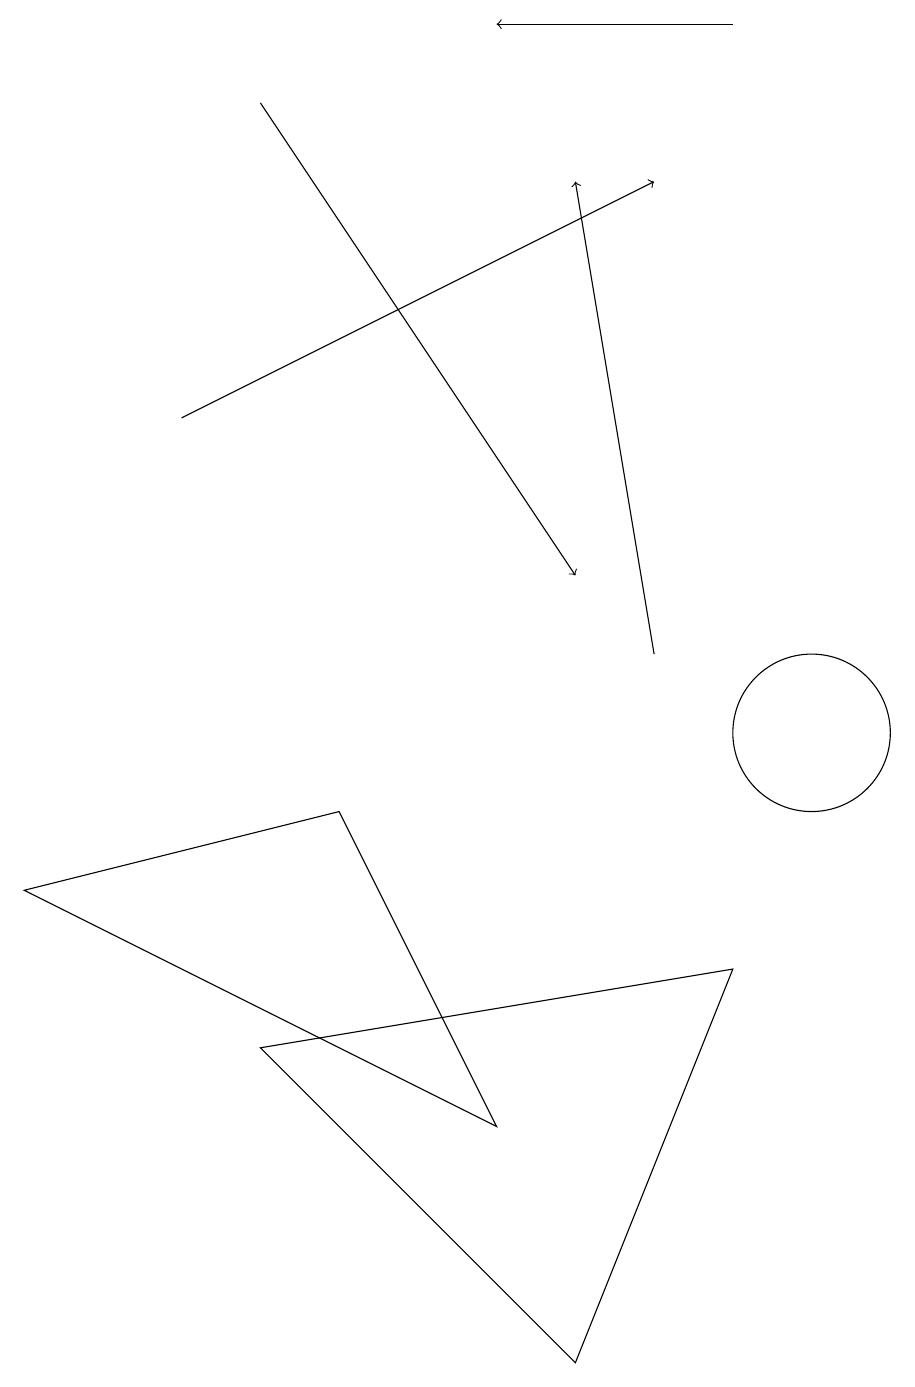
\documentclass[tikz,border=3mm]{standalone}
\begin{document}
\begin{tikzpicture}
\draw[->] (2,14) -- (8,17);
\draw[->] (3,18) -- (7,12);
\draw[->] (8,11) -- (7,17);
\draw[->] (9,19) -- (6,19);
\draw (3,6) -- (7,2) -- (9,7) -- cycle;
\draw (4,9) -- (6,5) -- (0,8) -- cycle;
\draw (10,10) circle (1);
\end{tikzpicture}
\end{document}